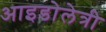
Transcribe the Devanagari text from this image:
आइडोलेत्री